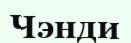
Чэнди